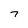
Character: 7